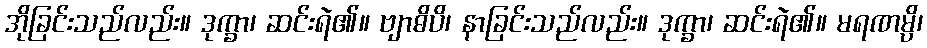
အိုခြင်းသည်လည်း။ ဒုက္ခာ၊ ဆင်းရဲ၏။ ဗျာဓိပိ၊ နာခြင်းသည်လည်း။ ဒုက္ခာ၊ ဆင်းရဲ၏။ မရဏမ္ပိ၊